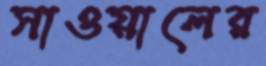
সাওয়ালের